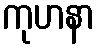
ကုဟနာ